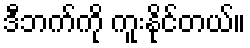
ဒီဘက်ကို ကူးနိုင်တယ်။